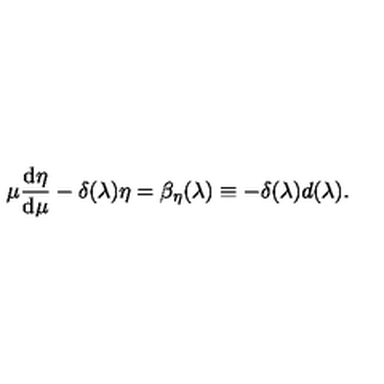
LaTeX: \mu { \frac { \mathrm { d } \eta } { \mathrm { d } \mu } } - \delta ( \lambda ) \eta = \beta _ { \eta } ( \lambda ) \equiv - \delta ( \lambda ) d ( \lambda ) .